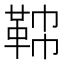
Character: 𩊟